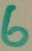
Text: 6